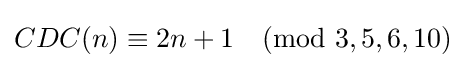
CDC(n)\equiv 2n+1{\pmod {3,5,6,10}}